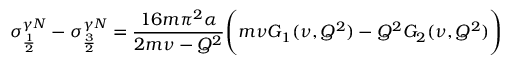
\sigma _ { \frac { 1 } { 2 } } ^ { \gamma N } - \sigma _ { \frac { 3 } { 2 } } ^ { \gamma N } = { \frac { 1 6 m \pi ^ { 2 } \alpha } { 2 m \nu - Q ^ { 2 } } } \Biggl ( m \nu G _ { 1 } ( \nu , Q ^ { 2 } ) - Q ^ { 2 } G _ { 2 } ( \nu , Q ^ { 2 } ) \Biggr )